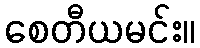
စေတီယမင်း။